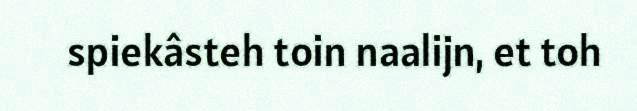
spiekâsteh toin naalijn, et toh